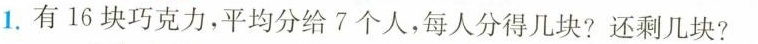
1.有16块巧克力，平均分给7个人，每人分得几块?还剩几块?